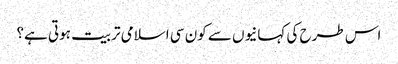
اس طرح کی کہانیوں سے کون سی اسلامی تربیت ہوتی ہے؟